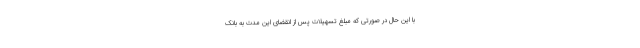
با این حال در صورتی که مبلغ تسهیلات پس از انقضای این مدت به بانک